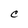
Character: C